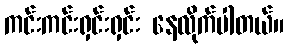
ကင်းကင်းရှင်းရှင်း နေလိုက်ပါတယ်။